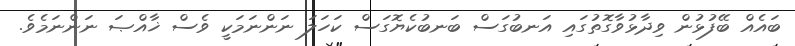
ބައެއް ބޭފުޅުން ވިދާޅުވާގޮތުގައި އަނބުގަސް ބަނބުކެޔޮގަސް ކަހަލަ ނަންނަމަކީ ވެސް ޚާއްޞަ ނަންނަމެވެ.